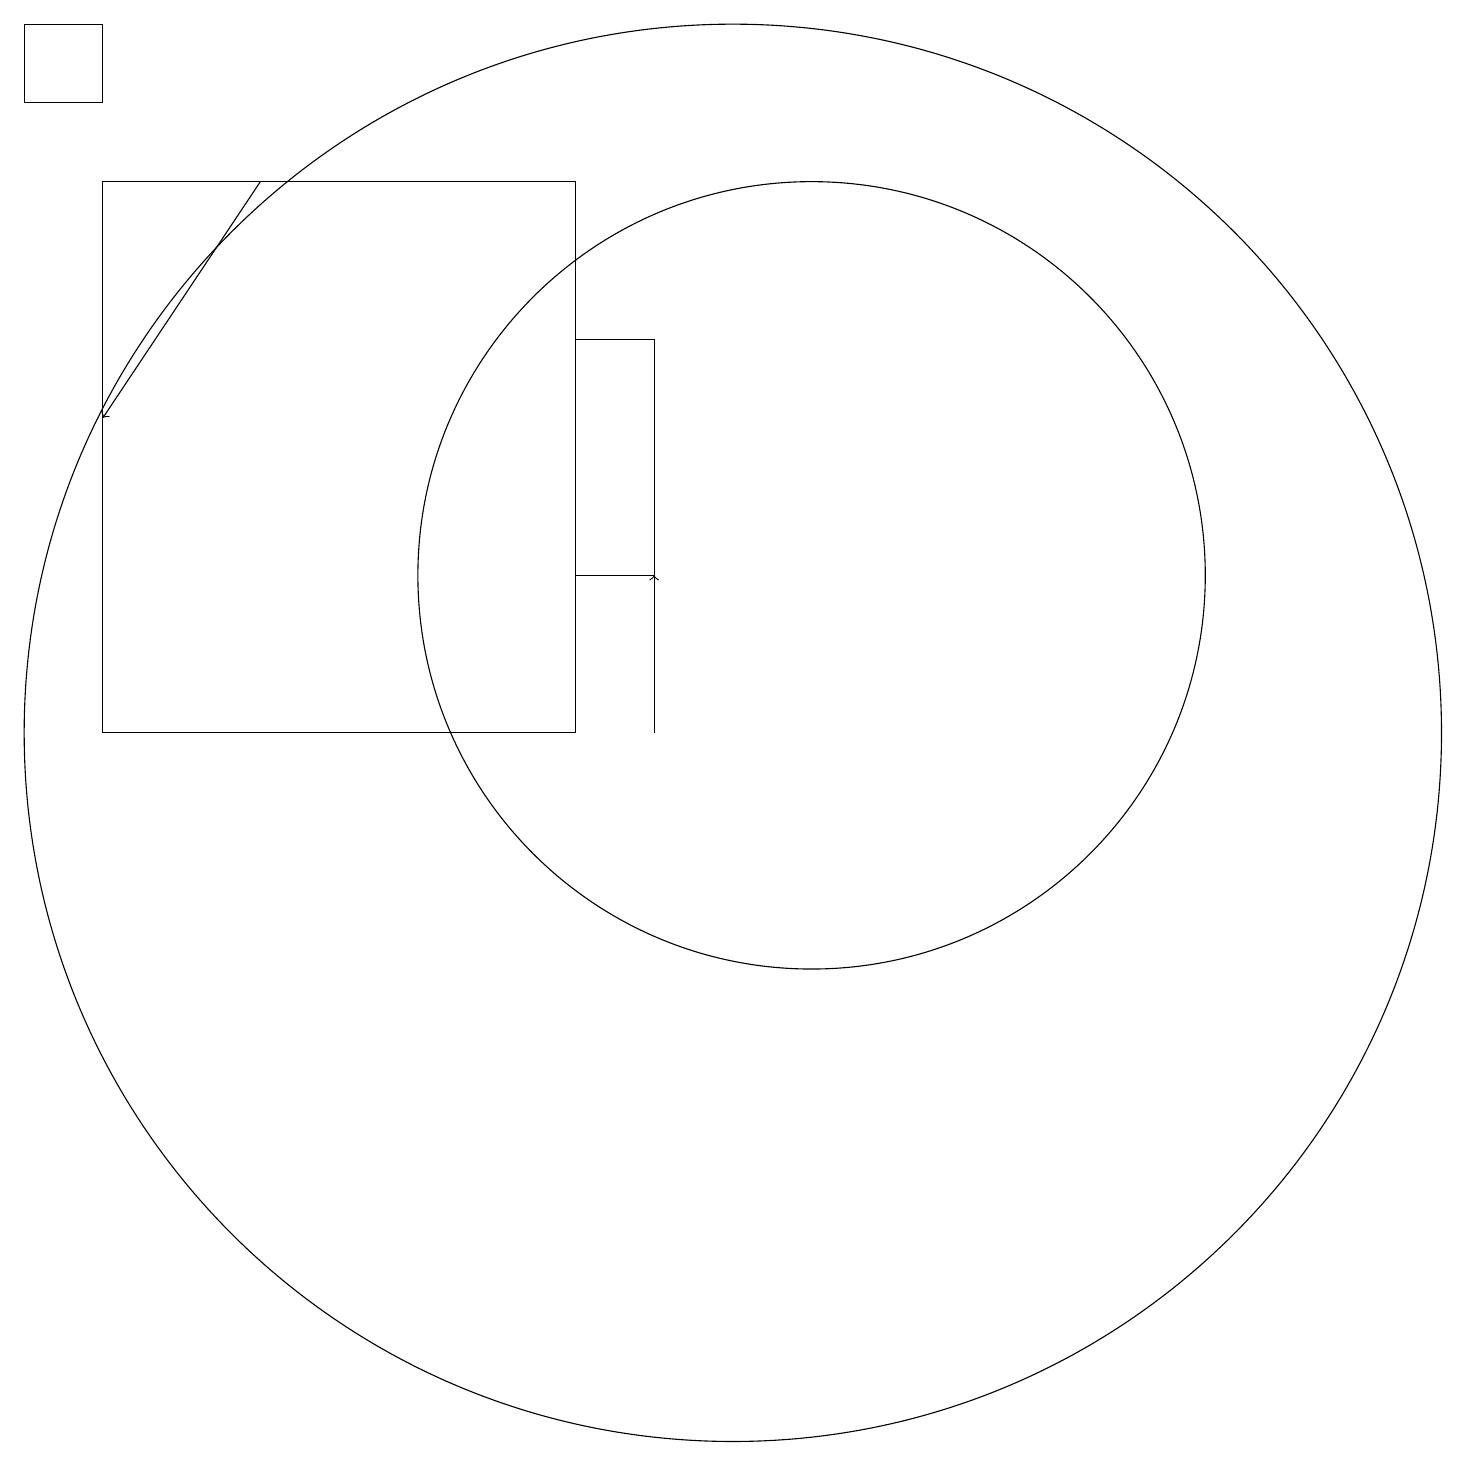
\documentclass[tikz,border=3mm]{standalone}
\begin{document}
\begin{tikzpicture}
\draw (8,12) rectangle (9,15);
\draw (8,10) rectangle (2,17);
\draw (10,10) circle (9);
\draw[->] (4,17) -- (2,14);
\draw (11,12) circle (5);
\draw (1,18) rectangle (2,19);
\draw[->] (9,10) -- (9,12);
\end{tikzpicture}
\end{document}